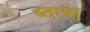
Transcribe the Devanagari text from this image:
ब्ताया